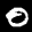
Label: 0